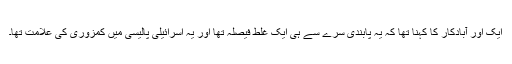
ایک اور آبادکار کا کہنا تھا کہ یہ پابندی سرے سے ہی ایک غلط فیصلہ تھا اور یہ اسرائیلی پالیسی میں کمزوری کی علامت تھا۔